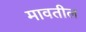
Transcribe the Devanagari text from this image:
मावतील